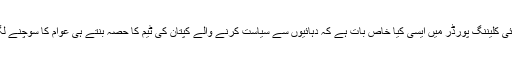
یہاں ڈرائی کلیننگ پورڈر میں ایسی کیا خاص بات ہے کہ دہائیوں سے سیاست کرنے والے کپتان کی ٹیم کا حصہ بنتے ہی عوام کا سوچنے لگیں گے۔